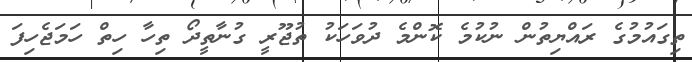
ތިގައުމުގެ ރައްޔިތުން ނުކުމެ ކޮންމެ ދުވަހަކު ތުޖޫރީ ގުނާތީދޯ ތިހާ ހިތް ހަމަޖެހިފަ